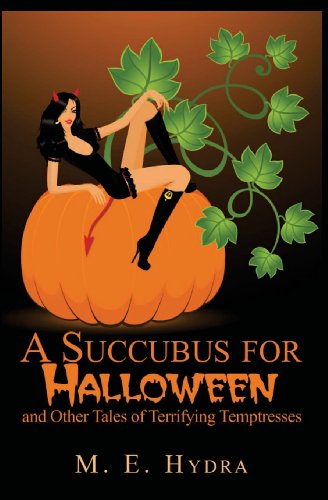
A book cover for A Succubus for Halloween; M. E. Hydra; Romance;